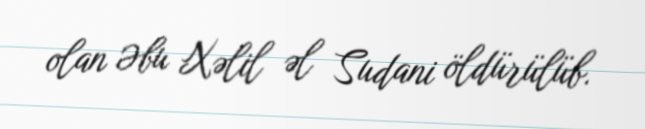
olan Əbu Xəlil əl Sudani öldürülüb.